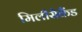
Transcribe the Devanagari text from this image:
मिलीसैकैंड